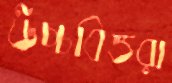
উচ্চবিত্তরা